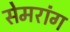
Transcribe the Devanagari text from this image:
सेमरांग